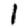
Digit: 1